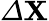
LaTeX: {\mit\Delta}\mathbf{X}